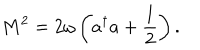
LaTeX: M ^ { 2 } = 2 \omega \left( a ^ { \dagger } a + \frac { 1 } { 2 } \right) .